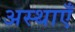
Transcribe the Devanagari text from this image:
अस्थाएँ